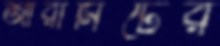
আরামিটের